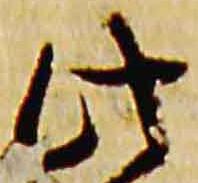
此